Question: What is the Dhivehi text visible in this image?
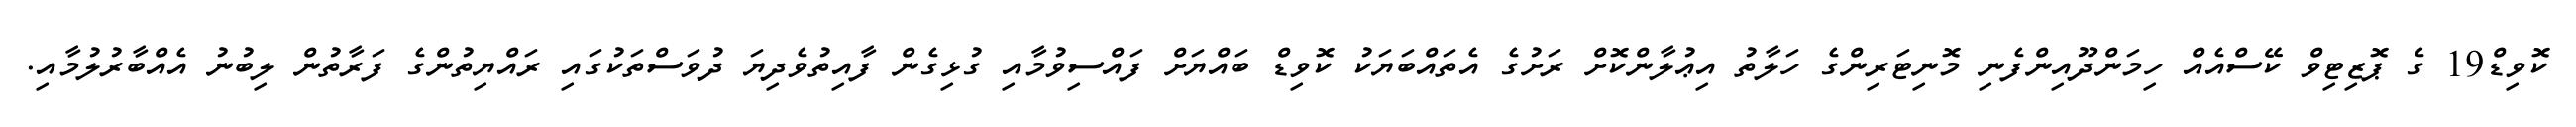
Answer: ކޮވިޑް19 ގެ ޕޮޒިޓިވް ކޭސްއެއް ހިމަންދޫއިންފެނި މޮނިޓަރިންގެ ހަލާތު އިޢުލާންކޮށް ރަށުގެ އެތައްބަޔަކު ކޮވިޑް ބައްޔަށް ފައްސިވުމާއި ގުޅިގެން ފާއިތުވެދިޔަ ދުވަސްތަކުގައި ރައްޔިތުންގެ ފަރާތުން ލިބުނު އެއްބާރުލުމާއި.